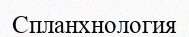
Спланхнология